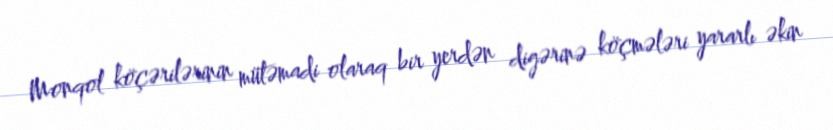
Monqol köçərilərinin mütəmadi olaraq bir yerdən digərinə köçmələri yararlı əkin